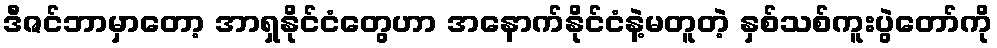
ဒီဇင်ဘာမှာတော့ အာရှနိုင်ငံတွေဟာ အနောက်နိုင်ငံနဲ့မတူတဲ့ နှစ်သစ်ကူးပွဲတော်ကို